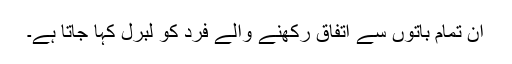
ان تمام باتوں سے اتفاق رکھنے والے فرد کو لبرل کہا جاتا ہے۔